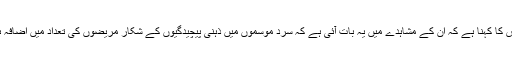
ڈاکٹر عباس کا کہنا ہے کہ ان کے مشاہدے میں یہ بات آئی ہے کہ سرد موسموں میں ذہنی پیچیدگیوں کے شکار مریضوں کی تعداد میں اضافہ ہوجاتا ہے۔